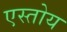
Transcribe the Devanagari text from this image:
एस्तोय